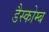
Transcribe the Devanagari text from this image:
डैस्कोम्ब